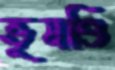
ভূষণ্ডি